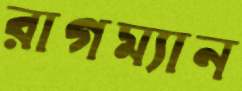
রাগম্যান